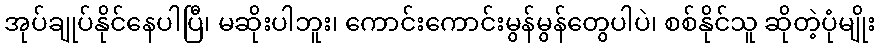
အုပ်ချုပ်နိုင်နေပါပြီ၊ မဆိုးပါဘူး၊ ကောင်းကောင်းမွန်မွန်တွေပါပဲ၊ စစ်နိုင်သူ ဆိုတဲ့ပုံမျိုး